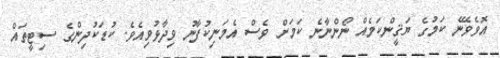
އޮވެވޭނެ ކަމުގެ ޔަޤީންކަމެއް ނޯންނާނެ ކަމަށް ވެސް އެމަނިކުފާނު ވިދާޅުވިއެވެ. ކުޑަކުދިންގެ ސިޓީތައް